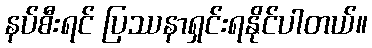
နပ်စီးရင် ပြဿနာရှင်းရနိုင်ပါတယ်။